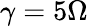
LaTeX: \gamma=5\Omega